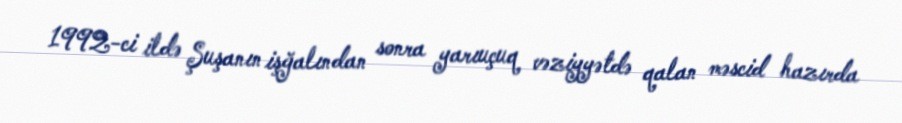
1992-ci ildə Şuşanın işğalından sonra yarıuçuq vəziyyətdə qalan məscid hazırda